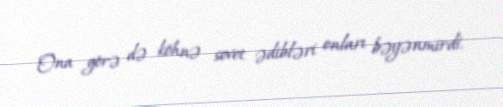
Ona görə də köhnə sovet ədibləri onları bəyənmirdi.